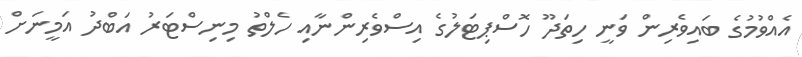
އެއްވުމުގެ ބައިވެރިން ވަނީ ހިތަދޫ ހޮސްޕިޓަލުގެ އިސްވެރިންނާއި ހެލްތު މިނިސްޓަރު އަބްދު އަމީނަށް